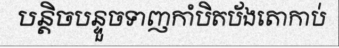
បន្តិចបន្ទួចទាញកាំបិតប័ងតោកាប់